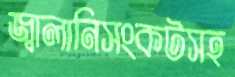
জ্বালানিসংকটসহ